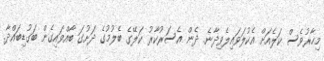
މިހާރުވެސް ކަލެއަށް އެކުލަަވައިލެވިދާނެ. ދެން އެސަރުކާރު ކަލޭގެ ބެލުމުގެ ދަށުގަ ބާއްވައިގެން ބަގުޑިބައްދާ.